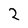
Character: Z